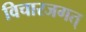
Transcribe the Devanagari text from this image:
विचारजगत्‌